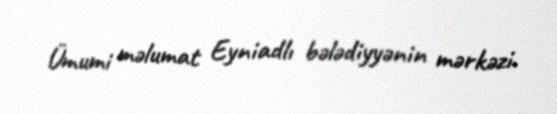
Ümumi məlumat Eyniadlı bələdiyyənin mərkəzi.